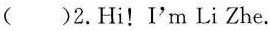
( )2.Hi!I'm Li Zhe.